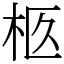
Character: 柩